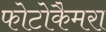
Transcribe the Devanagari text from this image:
फोटोकैमरा